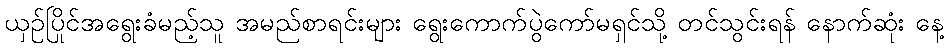
ယှဉ်ပြိုင်အရွေးခံမည့်သူ အမည်စာရင်းများ ရွေးကောက်ပွဲကော်မရှင်သို့ တင်သွင်းရန် နောက်ဆုံး နေ့